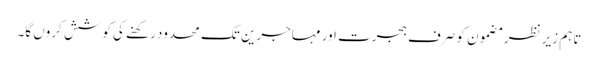
تاہم زیر نظر مضمون کو صرف ہجرت اور مہاجرین تک محدود رکھنے کی کوشش کروں گا۔